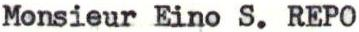
Monsieur Eino S. REPO